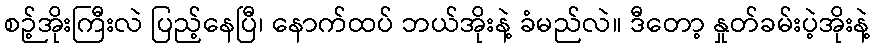
စဉ့်အိုးကြီးလဲ ပြည့်နေပြီ၊ နောက်ထပ် ဘယ်အိုးနဲ့ ခံမည်လဲ။ ဒီတော့ နှုတ်ခမ်းပဲ့အိုးနဲ့